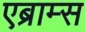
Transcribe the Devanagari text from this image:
एब्राम्‍स